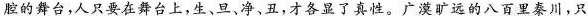
腔的舞台,人只要在舞台上,生、旦、净、丑,才各显了真性。广漠旷远的八百里秦川,只